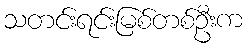
သတင်းရင်းမြစ်တစ်ဦးက